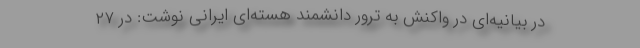
در بیانیه‌ای در واکنش به ترور دانشمند هسته‌ای ایرانی نوشت: در ۲۷